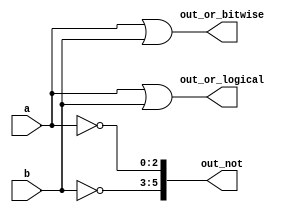
module vectorgates( 
    input [2:0] a,
    input [2:0] b,
    output [2:0] out_or_bitwise,
    output out_or_logical,
    output [5:0] out_not
);
assign out_or_bitwise=a|b;
assign out_or_logical=a||b;
assign out_not[2:0]=~a;
assign out_not[5:3]=~b;

endmodule